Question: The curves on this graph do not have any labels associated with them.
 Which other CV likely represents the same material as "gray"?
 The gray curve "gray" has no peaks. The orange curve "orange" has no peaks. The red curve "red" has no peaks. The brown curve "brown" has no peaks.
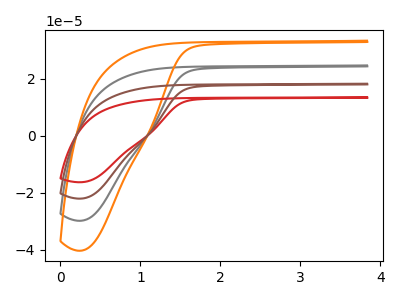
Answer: <think>Neither "gray" or "orange" have any peaks. Neither "gray" or "red" have any peaks. Neither "gray" or "brown" have any peaks. Neither "orange" or "red" have any peaks. Neither "orange" or "brown" have any peaks. Neither "red" or "brown" have any peaks.
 </think>
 <answer>"gray", "red" and "brown" have a similar shape to "orange".</answer>
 <eval>"gray" "red" "brown"</eval>